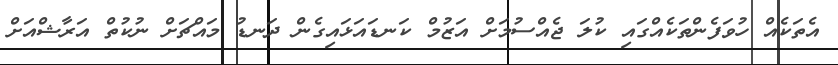
އެތަކެއް ހުވަފެންތަކެއްގައި ކުލަ ޖެއްސުމަށް އަޒުމް ކަނޑައަޅައިގެން ދަނޑު މައްޗަށް ނުކުތް އަރާޝްއަށް